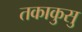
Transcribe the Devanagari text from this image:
तकाकुसु